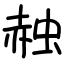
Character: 赨